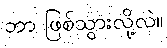
ဘာ ဖြစ်သွားလို့လဲ။